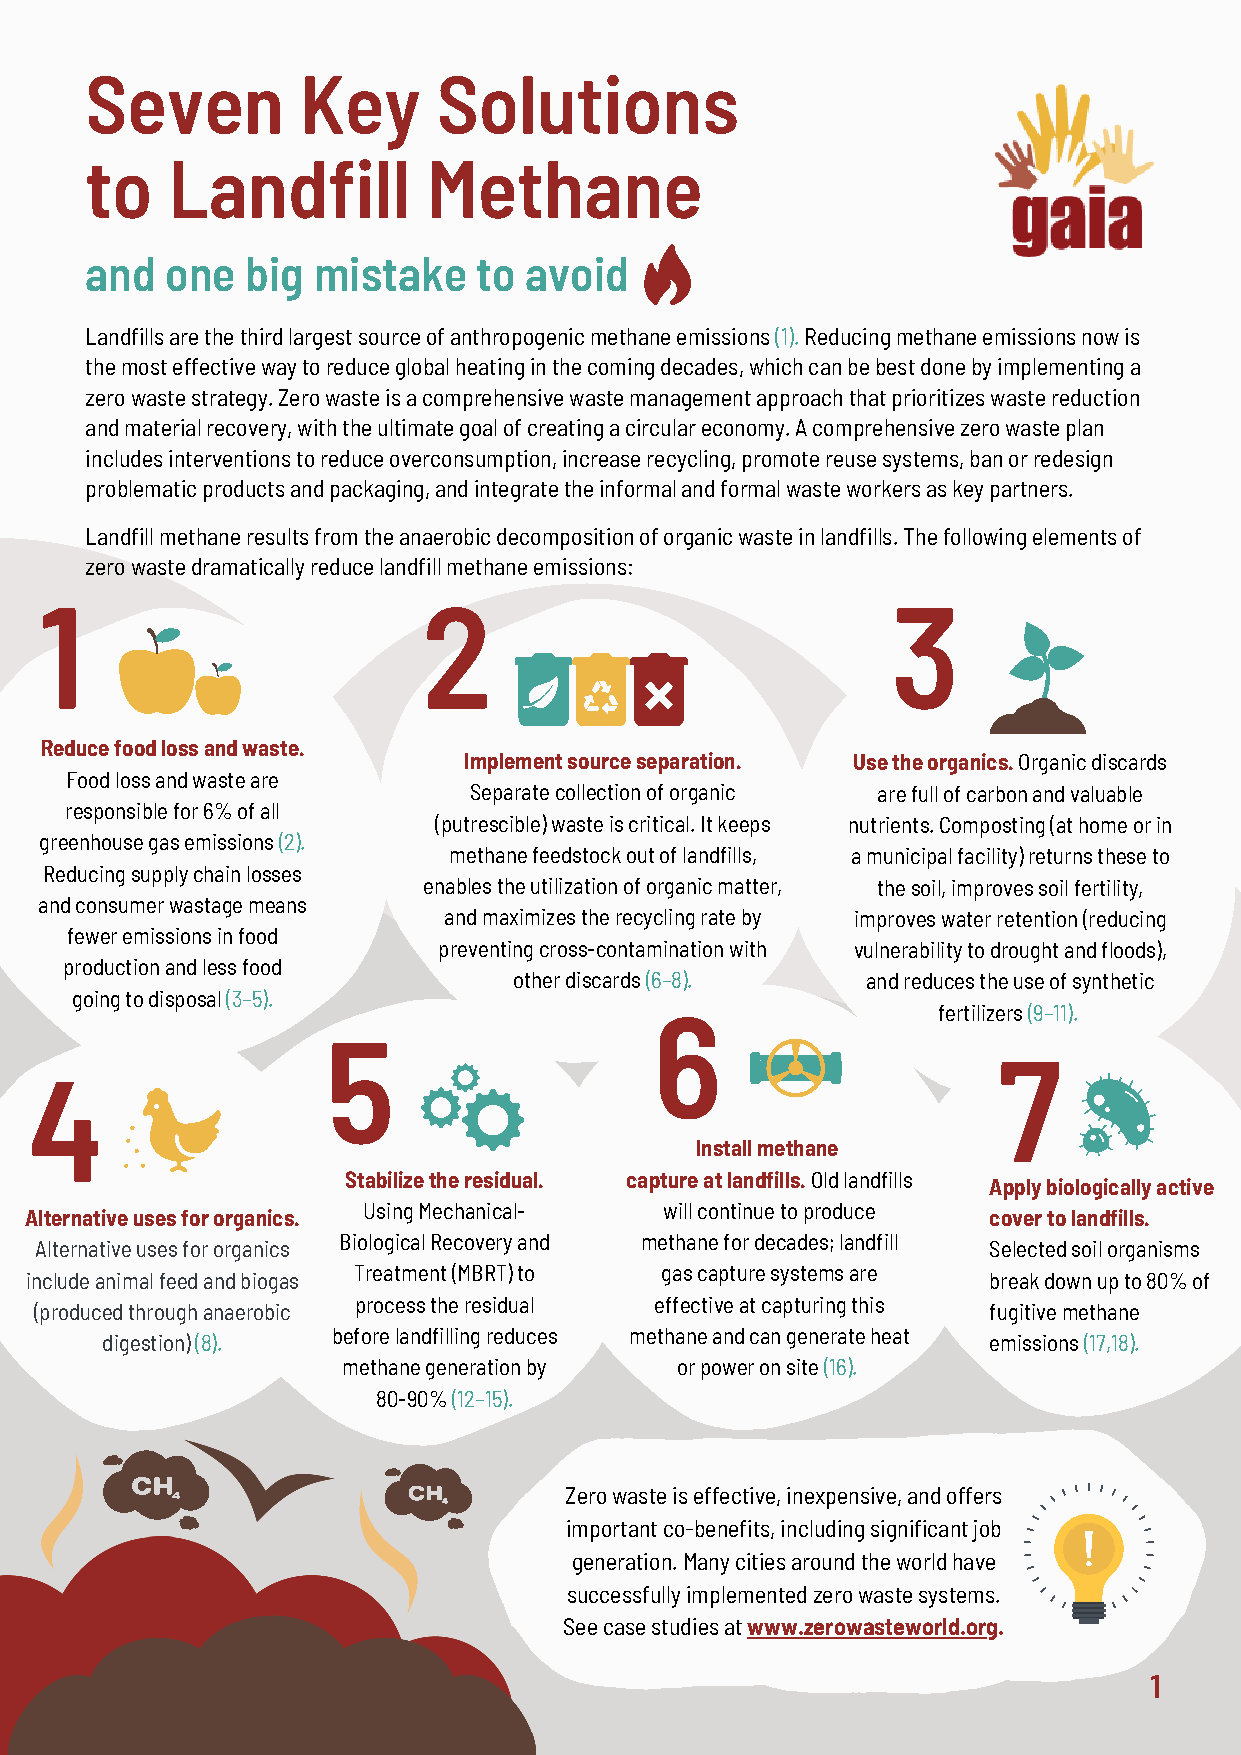
Seven         Key      Solutions
 to   Landfill         Methane
 and  one  big  mistake    to avoid
 Landfills are the third largest source of anthropogenic methane emissions (1). Reducing methane emissions now is
 the most effective way to reduce global heating in the coming decades, which can be best done by implementing a
 zero waste strategy. Zero waste is a comprehensive waste management approach that prioritizes waste reduction
 and material recovery, with the ultimate goal of creating a circular economy. A comprehensive zero waste plan
 includes interventions to reduce overconsumption, increase recycling, promote reuse systems, ban or redesign
 problematic products and packaging, and integrate the informal and formal waste workers as key partners.
 Landfill methane results from the anaerobic decomposition of organic waste in landfills. The following elements of
 zero waste dramatically reduce landfill methane emissions:
 1                        2                              3
 Reduce food loss and waste.
 Implement source separation. Use the organics. Organic discards
 Food loss and waste are
 Separate collection of organic are full of carbon and valuable
 responsible for 6% of all
 (putrescible) waste is critical. It keeps nutrients. Composting (at home or in
 greenhouse gas emissions (2).
 methane feedstock out of landfills, a municipal facility) returns these to
 Reducing supply chain losses
 enables the utilization of organic matter, the soil, improves soil fertility,
 and consumer wastage means
 and maximizes the recycling rate by improves water retention (reducing
 fewer emissions in food
 preventing cross-contamination with vulnerability to drought and floods),
 production and less food
 other discards (6–8).  and reduces the use of synthetic
 going to disposal (3–5).
 6                  fertilizers (9–11).
 5
 7
 4
 Install methane
 Stabilize the residual. capture at landfills. Old landfills
 Apply biologically active
 Using Mechanical-   will continue to produce
 Alternative uses for organics.                                 cover to landfills.
 Biological Recovery and methane for decades; landfill
 Alternative uses for organics                                  Selected soil organisms
 Treatment (MBRT) to  gas capture systems are
 include animal feed and biogas                                 break down up to 80% of
 process the residual effective at capturing this
 (produced through anaerobic                                    fugitive methane
 before landfilling reduces methane and can generate heat
 digestion) (8).                                           emissions (17,18).
 methane generation by or power on site (16).
 80-90% (12–15).
 Zero waste is effective, inexpensive, and offers
 important co-benefits, including significant job
 generation. Many cities around the world have
 successfully implemented zero waste systems.
 See case studies at www.zerowasteworld.org.
 1